Leaving Certificate Examination, 1923
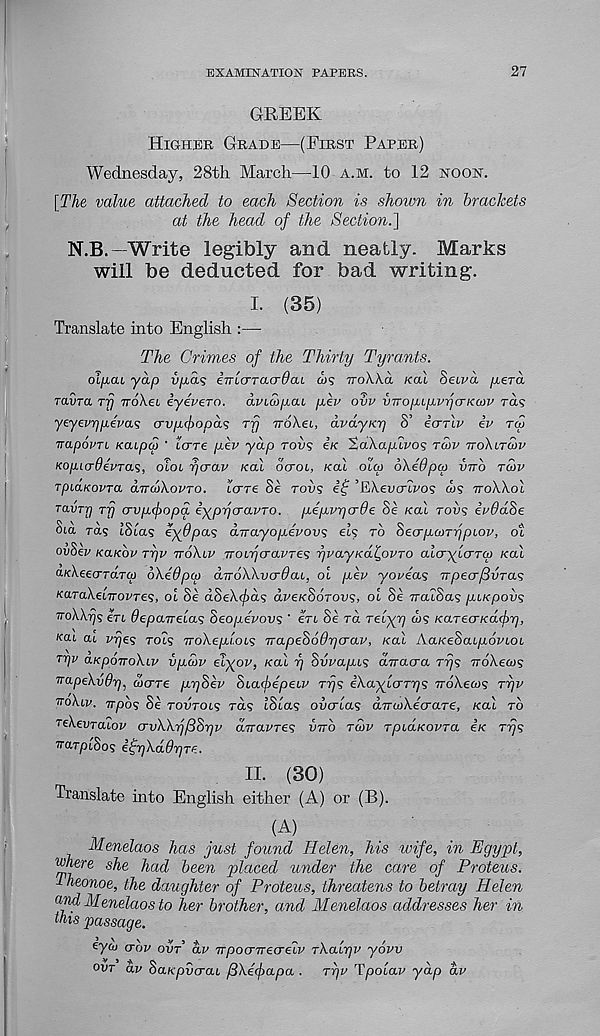
EXAMINATION PAPERS.
27
GREEK
HIGHER GRADE—(FIRST PAPER)
Wednesday, 28th March—10 A.M. to 12 NOON.
[The value attached to each Section is shoivn in brackets
at the head of the Section.~\
N.B.—Write legibly and neatly. Marks
will be deducted for bad writing.
I. (35)
Translate into English :—
The Crimes of the Thirty Tyrants.
olyau yap vp.a<; iTrlcTTacrdai cus TTOXACI /cat Setpa pera
ravTa rrj voXei iyevero. dmcvpaL pep OVP VTropLpvrj<jKiov ras
yeyevrjpevcL<s crvpifopa^ ryj TroXei, dvdyKr) S’ io-rlv ip rw
napoPTL xaipcp ' lare pev yap TOVS e/c %a\apLP0 1 ; TWV TTO\LTS>V
KO/ncrdeVras, OLOL rjcrav KOI OCFOL, KCU ola> oXedpco vvb TCOV
TpiaKovTa dndXovTO. tcrre Se rous ef ’EXevcrLPos d)S rroXXol
TavTj] rfj crvpfopa iypycravTO. pepvrjo-Oe Se KOI TOP? epOdSe
Sia rds tSta? eydpas dirayopevovs ei? TO SeerpcoTypLOP, OL
ovSep KCCKOP rrjp TTOXLV rroiycravTe^ yvayKal^ovTO aiaryiCTTCp Kal
a/cXeecrraTW oXedpco dvoXXvcrOaL, ol pep yoveas Trpecrf5vTa.<;
Ka.TaXeiirovTe<;, ol Se dSeXfds dpe/cSdrops, ol Se TraiSas puiepovs
TroXXrjs ert depaTrelas Seopevovs ' ert Se rd relyr] ws Karecnedfir],
Kai cu p-rjes rots TroXepioLs TrapeSoOrjcrav, Kal AaKeSaipovioi
Trjp aKpoTroXip vpwp eT^ov, Kal rj Svvapis d-rracra rrjs TroXecos
TrapeXydr), dJcrre pySep Siafepeup rrj<; eXaytcmj? noXecos ryv
voXiv. npos Se TOPTOI? rds tSias overlap arruiXecxaTe, Kal TO
reXevTaiop o-vXXy[(3Sr)v aTrapre? PTTO TWP TpiaKovra 4K TTJ?
'ira.TptSos efrfXddrjTe.
II. (30)
Translate into English either (A) or (B).
(A)
Menelaos has just found Helen, his wife, in Egypt,
where she
had
been placed
under
the
care
of Proteus.
-Iheonoe, the daughter of Proteus, threatens to betray Helen
and Menelaos to her brother, and Menelaos addresses her in
this passage.
eyco crop OPT’ dp Trpocnrecreiv tXalr)v yovv
OVT dv SaKpvcrai fBXefapa . Tr)P Tpolap yap dp